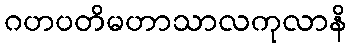
ဂဟပတိမဟာသာလကုလာနိ